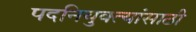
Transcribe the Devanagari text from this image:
पदनियुक्त्यांसाठी